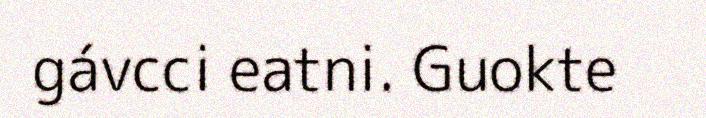
gávcci eatni. Guokte